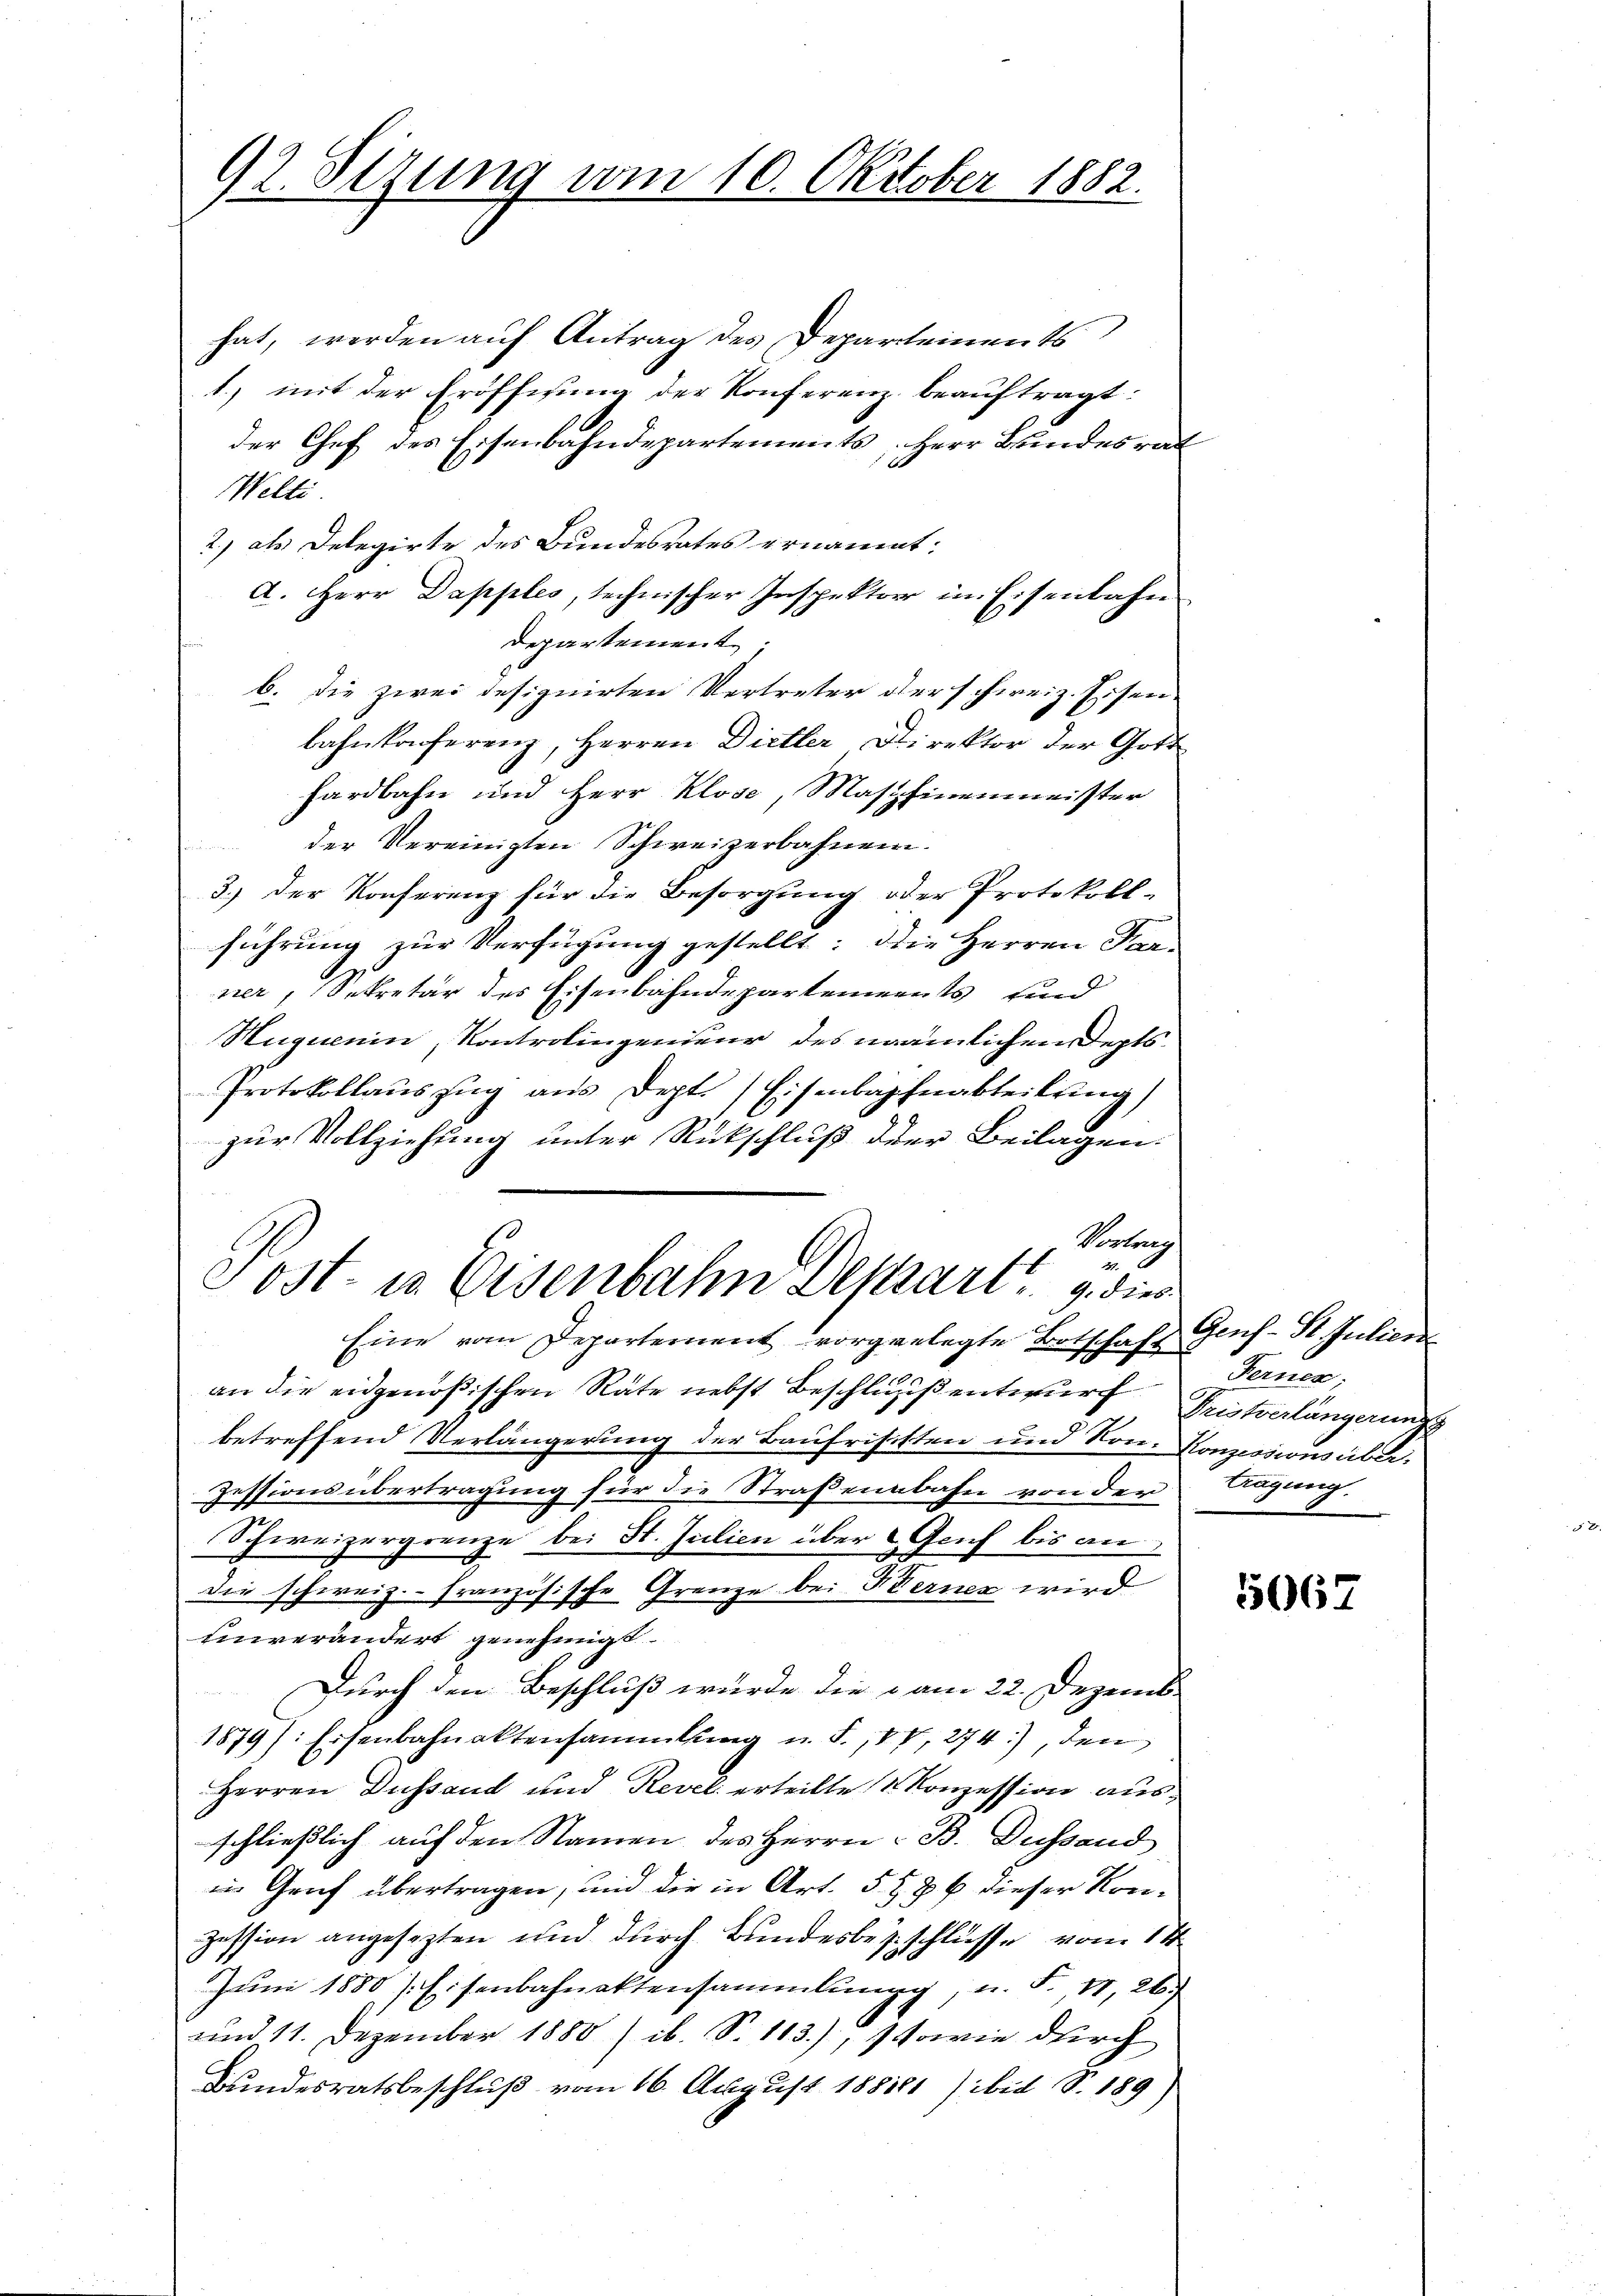
92. Sizung vom 10. Oktober 1882.

hat, werden auf Antrag des Departements
1.) mit der Eröffisung der Konferenz beauftragt:
der Chef des Eisenbahndepartements, Herr Bundesra
Welti
2) als Delegirte des Bundesrates ernannt:
A. Herr Dapples, technischer Inspektor in Eisenbahn
Departement;
b. Die zwei designirten Vertreter der schweiz. Eisen
.
bahnkonferenz, Herren Dietler Direktor der Got
hardbahn und Herr Klose, Maschinenmeister
der Vereinigten Schweizerbahnen.
3.) Der Konferenz für die Besorgung oder Protokoll-
führung zur Verfügung gestellt: die Herren Par
ner, Sekretär des Eisenbahndepartements und
Huguenin, Kontrolingenieur des nämlichen Depts
Protokollaŭszŭg ans Dept. Eisenbahnabteilung)
zur Vollziehung unter Rückschluß der Beilagen:
Serten
27
Post- u. Eisenbahn Depart. 9 die
Eine vom Departement vorgelegte Botschaft Genf-St. Julion
an die eidgenößischen Räte nebst Beschluss entwurf
betreffend Verlängerung der Baufrisisten und Von Konzessionsüber.
Zessionsübertragung für die Straßenbahn von der Augung.
Schweizergrenze bei St. Julien über Genf bis an
die schweiz.- Französische Grenze bei Berner wird
einverändert genehmigt
Durch den Beschluß wurde die vom 22. Dezemb
1879): Eisenbahnaktensammlung u. F., 40, 274), den
Herren Dustand und Revel erteilte Konzession ausschließlich auf den Namen des Herrn B. Dessand
in Gruf übertragen, und die in Art. 5 t § 6 dieser Konzession angesezten und durch Bundesbeschlüsse vom 1.
Juni 1880 Eisenbahnaktensammlungg, u. S. 41, 26.
und 11. Dezember 1880 / ib. S. 113), sowie durch
Bundesratsbeschluß vom 16. August 188181) ibid S. 189)

Fernen,
Fristverlängerung

5067